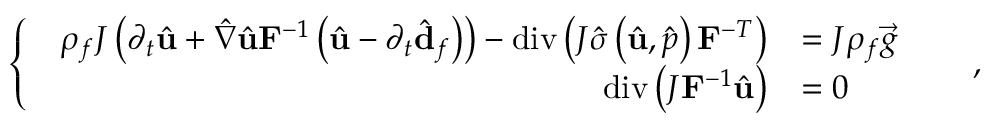
\left\{ \begin{array} { l l } { \begin{array} { r l } { \rho _ { f } J \left( \partial _ { t } \hat { \mathbf { u } } + \hat { \nabla } \hat { \mathbf { u } } \mathbf { F } ^ { - 1 } \left( \hat { \mathbf { u } } - \partial _ { t } \hat { \mathbf { d } } _ { f } \right) \right) - \operatorname { d i v } \left( J \hat { \boldsymbol { \sigma } } \left( \hat { \mathbf { u } } , \hat { p } \right) \mathbf { F } ^ { - T } \right) } & { = J \rho _ { f } \vec { g } \quad } \\ { \operatorname { d i v } \left( J \mathbf { F } ^ { - 1 } \hat { \mathbf { u } } \right) } & { = 0 \quad } \end{array} } \end{array} \right. ,